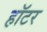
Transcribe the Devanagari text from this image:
हॉटर